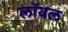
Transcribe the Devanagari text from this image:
लाॅयल